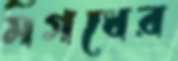
মগধের